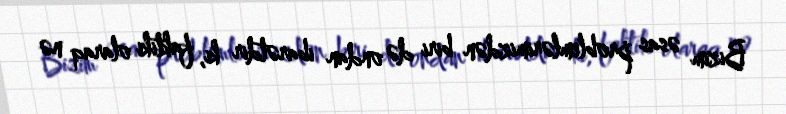
Bizim əsas problemlərimizdən biri də ondan ibarətdir ki, faktiki olaraq nə